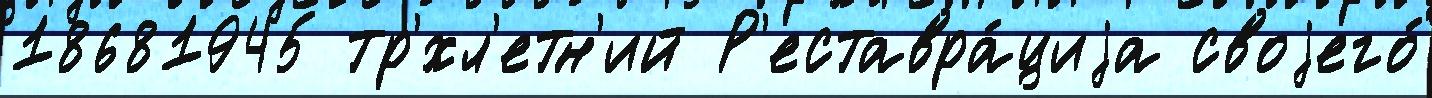
18681945 тр'́хл'етн'ий Р'еставра́циjа своjего́